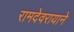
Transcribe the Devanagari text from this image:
रामदेवरायाने